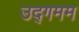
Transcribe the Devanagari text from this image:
उद्गमम